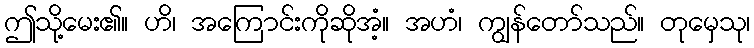
ဤသို့မေး၏။ ဟိ၊ အကြောင်းကိုဆိုအံ့။ အဟံ၊ ကျွန်တော်သည်။ တုမှေသု၊